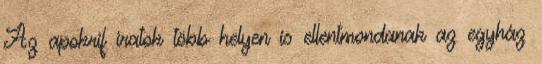
Az apokrif iratok több helyen is ellentmondanak az egyház